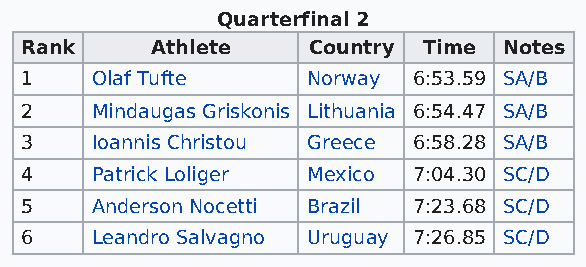
Quarterfinal 2
 Rank     Athlete   Country Time Notes
 1    Olaf Tufte    Norway 6:53.59 SA/B
 2    Mindaugas Griskonis Lithuania 6:54.47 SA/B
 3    Ioannis Christou Greece 6:58.28 SA/B
 4    Patrick Loliger Mexico 7:04.30 SC/D
 5    Anderson Nocetti Brazil 7:23.68 SC/D
 6    Leandro Salvagno Uruguay 7:26.85 SC/D